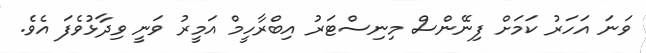
ވަނަ އަހަރު ކަމަށް ފިނޭންސް މިނިސްޓަރު އިބްރާހީމް އަމީރު ވަނީ ވިދާޅުވެފަ އެވެ.